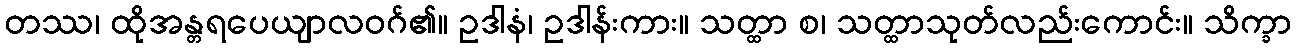
တဿ၊ ထိုအန္တရပေယျာလဝဂ်၏။ ဥဒါနံ၊ ဥဒါန်းကား။ သတ္ထာ စ၊ သတ္ထာသုတ်လည်းကောင်း။ သိက္ခာ